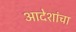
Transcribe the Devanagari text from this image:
आदेशांचा